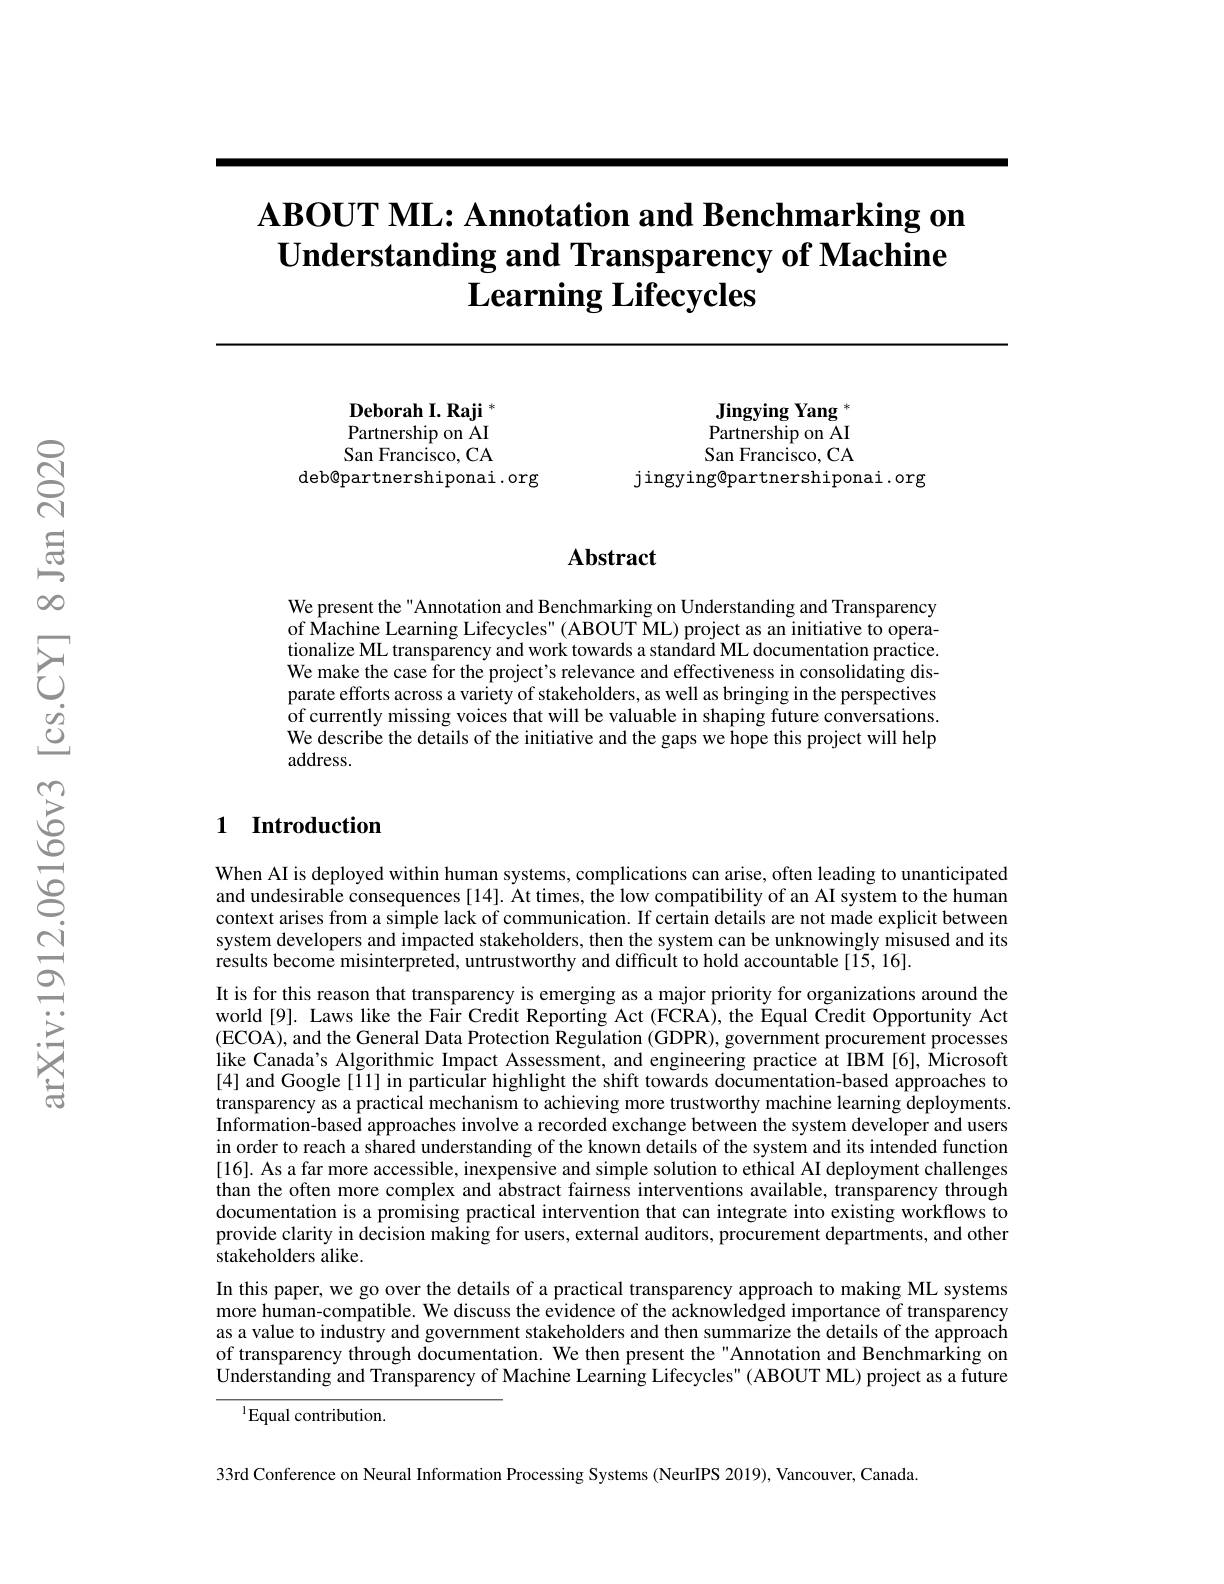
# $\textbf{ABOUT ML: Annotation and Benchmarking on}$ $\textbf{Understanding and Transparency of Machine}$ $\textbf{Learning Lifecycles}$

$\textbf{Deborah I. Raji }^{*}$ Partnership on AI San Francisco, CA
deb@partnershiponai.org

Jingying Yang $^*$ Partnership on AI San Francisco, CA
jingying@partnershiponai.org

### $\mathbf{Abstract}$

We present the "Annotation and Benchmarking on Understanding and Transparency $\hat{\text{of Machine Learning Lifecycles" }}($ABOUT ML) project as an initiative to operationalize ML transparency and work towards a standard ML documentation practice. We make the case for the project's relevance and effectiveness in consolidating disparate efforts across a variety of stakeholders, as well as bringing in the perspectives of currently missing voices that will be valuable in shaping future conversations. We describe the details of the initiative and the gaps we hope this project will help address.

## 1 Introduction

When AI is deployed within human systems, complications can arise, often leading to unanticipated and undesirable consequences [14]. At times, the low compatibility of an AI system to the human context arises from a simple lack of communication. If certain details are not made explicit between system developers and impacted stakeholders, then the system can be unknowingly misused and its results become misinterpreted, untrustworthy and difficult to hold accountable [15, 16].
It is for this reason that transparency is emerging as a major priority for organizations around the world[9]. Laws like the Fair Credit Reporting Act (FCRA), the Equal Credit Opportunity Act (ECOA) , and the General Data Protection Regulation ( GDPR) , government procurement processes like Canada’s Algorithmic Impact Assessment, and engineering practice at IBM [6], Microsoft [4] and Google[11] in particular highlight the shift towards documentation-based approaches to transparency as a practical mechanism to achieving more trustworthy machine learning deployments Information-based approaches involve a recorded exchange between the system developer and users in order to reach a shared understanding of the known details of the system and its intended function [16]. As a far more accessible, inexpensive and simple solution to ethical AI deployment challenges than the often more complex and abstract fairness interventions available, transparency through documentation is a promising practical intervention that can integrate into existing workflows to provide clarity in decision making for users, external auditors, procurement departments, and other stakeholders alike.
In this paper, we go over the details of a practical transparency approach to making ML systems more human-compatible. We discuss the evidence of the acknowledged importance of transparency as a value to industry and government stakeholders and then summarize the details of the approach of transparency through documentation. We then present the"Annotation and Benchmarking on Understanding and Transparency of Machine Learning Lifecycles" (ABOUT ML) project as a future

$^{1}$Equal contribution.

33rd Conference on Neural Information Processing Systems (NeurIPS 2019), Vancouver, Canada